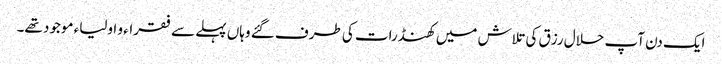
ایک دن آپ حلال رزق کی تلاش میں کھنڈرات کی طرف گئے وہاں پہلے سے فقراء و اولیاء موجود تھے۔